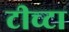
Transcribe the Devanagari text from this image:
टीच्टा